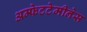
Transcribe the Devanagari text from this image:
अम्फेटटेमीनेस